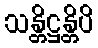
သန္တိဋ္ဌန္တိပိ